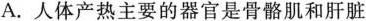
A.人体产热主要的器官是骨骼肌和肝脏